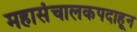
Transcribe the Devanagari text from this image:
महासंचालकपदाहून